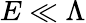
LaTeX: E\ll\Lambda